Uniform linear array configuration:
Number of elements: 48
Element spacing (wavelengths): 0.75
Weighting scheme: kaiser
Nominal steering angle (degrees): -45
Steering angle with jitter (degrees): -45.08
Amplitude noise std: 0.05
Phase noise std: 0.05

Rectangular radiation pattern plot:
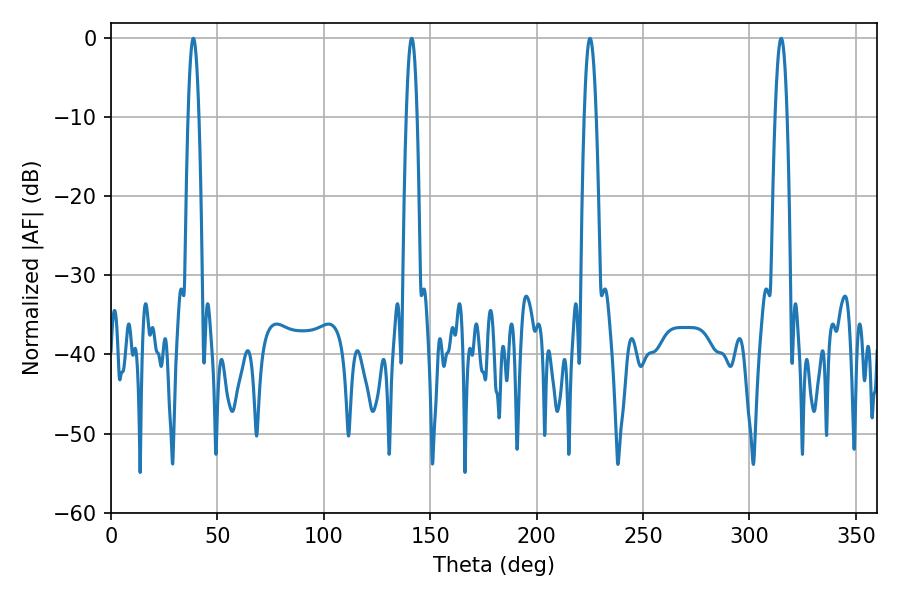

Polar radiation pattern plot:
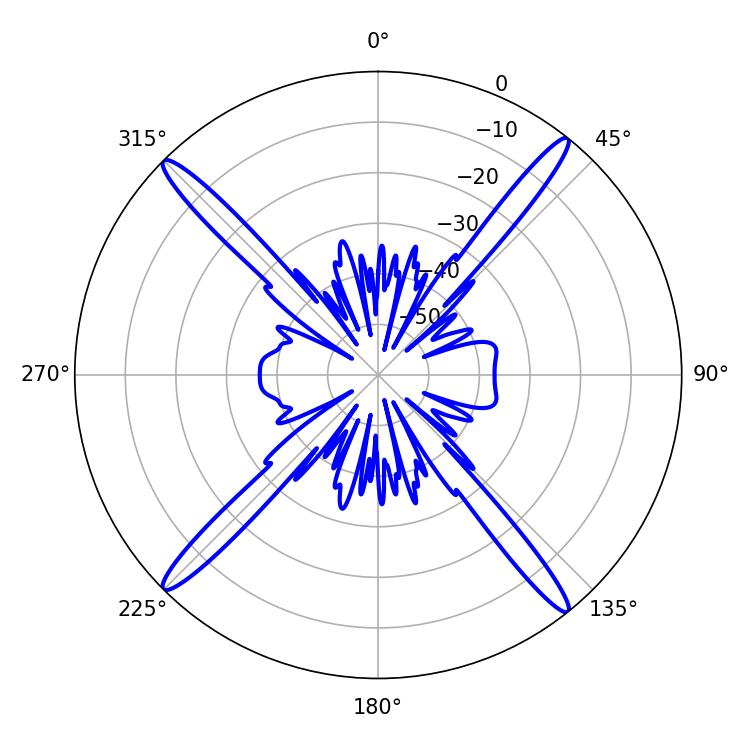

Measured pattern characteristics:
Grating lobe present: TRUE
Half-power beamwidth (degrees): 2.88
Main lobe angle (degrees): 38.7